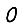
Digit: 0